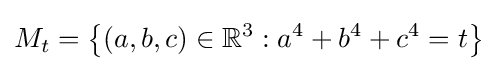
M_{t}=\left\{(a,b,c)\in \mathbb {R} ^{3}:a^{4}+b^{4}+c^{4}=t\right\}